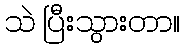
သဲ ပြီးသွားတာ။